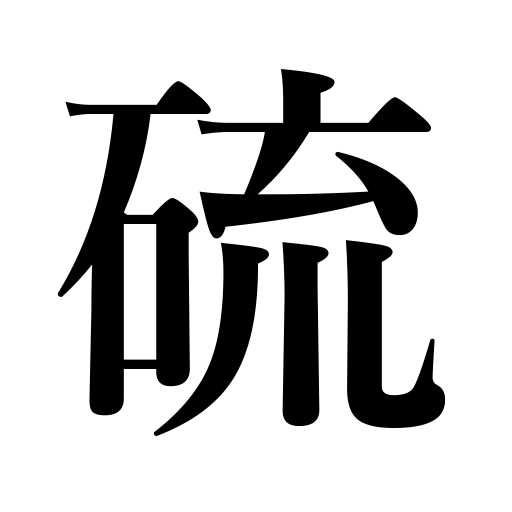
Meanings: sulphur